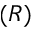
( R )